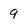
Character: 9